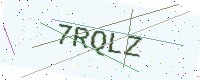
Text: 7RQLZ